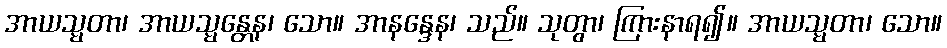
အာယသ္မတာ၊ အာယသ္မန္တေန၊ သော။ အာနန္ဒေန၊ သည်။ သုတွာ၊ ကြားနာရ၍။ အာယသ္မတာ၊ သော။